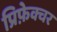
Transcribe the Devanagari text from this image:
प्रिफ़ेक्चर